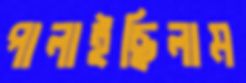
পালাইছিলাম